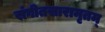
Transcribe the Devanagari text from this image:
संगीतसारामृतम्